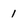
Character: 1